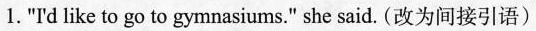
1."I'd like to go to gymnasiums." she said. (改为间接引语)